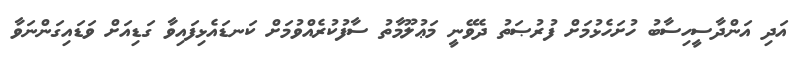
އަދި އަންދާސީހިސާބު ހުށަހެޅުމަށް ފުރުޞަތު ދެވޭނީ މަޢުލޫމާތު ސާފުކުރެއްވުމަށް ކަނޑައެޅިފައިވާ ގަޑިއަށް ވަޑައިގަންނަވާ